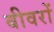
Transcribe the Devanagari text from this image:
बीवरों